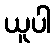
ယူပါ